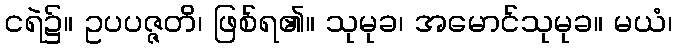
ငရဲ၌။ ဥပပဇ္ဇတိ၊ ဖြစ်ရ၏။ သုမုခ၊ အမောင်သုမုခ။ မယံ၊